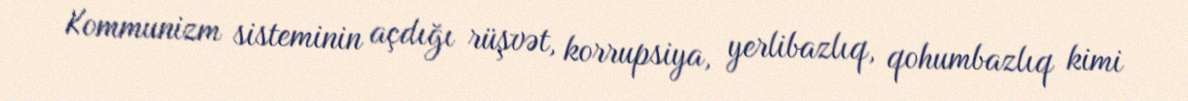
Kommunizm sisteminin açdığı rüşvət, korrupsiya, yerlibazlıq, qohumbazlıq kimi